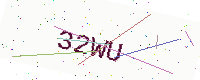
Text: 32WU